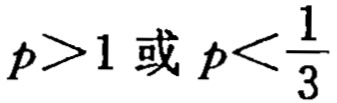
$p>1 \text{ 或 } p<\frac{1}{3}$